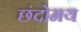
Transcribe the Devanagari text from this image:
छंदोमय